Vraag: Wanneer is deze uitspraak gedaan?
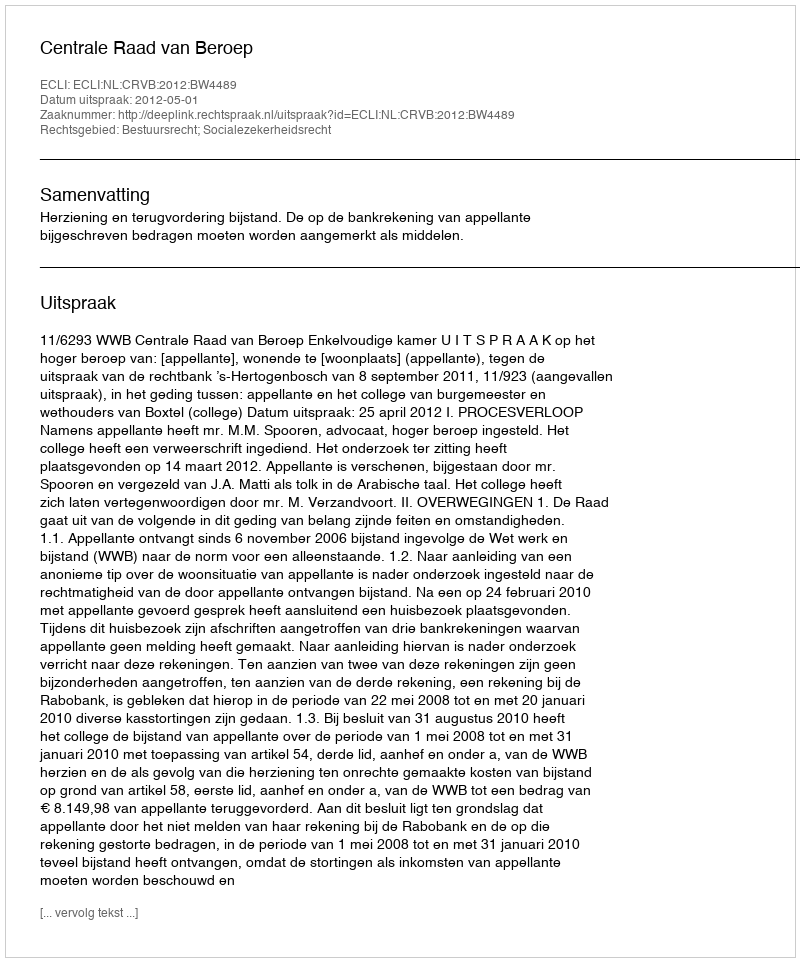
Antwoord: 2012-05-01